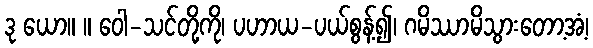
ဒု ယော။ ။ ဝေါ-သင်တို့ကို၊ ပဟာယ-ပယ်စွန့်၍၊ ဂမိဿာမိသွားတော့အံ့၊